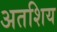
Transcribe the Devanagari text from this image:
अतशिय